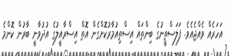
އަހަރެއް ވެއްޖެއެވެ. ފަލަސްތީނުގެ ބިންތައް އިސްތިއުމާރުކޮށްގެން އޮތް އިސްރާއީލުގެ އުދުވާނީ ބާރުން ކޮންމެ